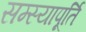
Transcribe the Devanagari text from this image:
सम्स्यापूर्ति